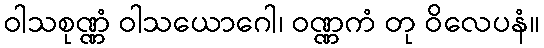
ဝါသစုဏ္ဏံ ဝါသယောဂေါ၊ ဝဏ္ဏကံ တု ဝိလေပနံ။